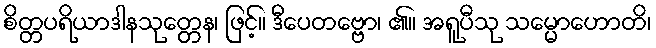
စိတ္တပရိယာဒါနသုတ္တေန၊ ဖြင့်။ ဒီပေတဗ္ဗော၊ ၏။ အရူပီသု သမ္မောဟောတိ၊